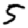
Digit: 5